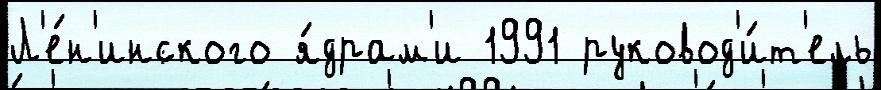
Л'е́н'инского я́драм'и 1991 руковод'и́т'ель